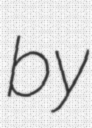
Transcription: by